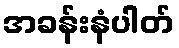
အခန်းနံပါတ်